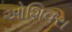
ઓશિવરા